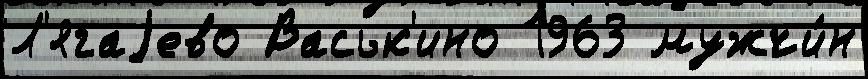
Л'ягаjево Васьк'ино 1963 мужчи́н